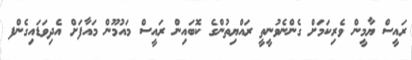
ރައީސް ޔާމީން ވެރިކަމަށް ގެންނެވުނީތީ ރައްޔިތުންގެ ކޮބައިން ރައީސް މައުމޫން މައާފަށް އެދިވަޑައިގެންފ